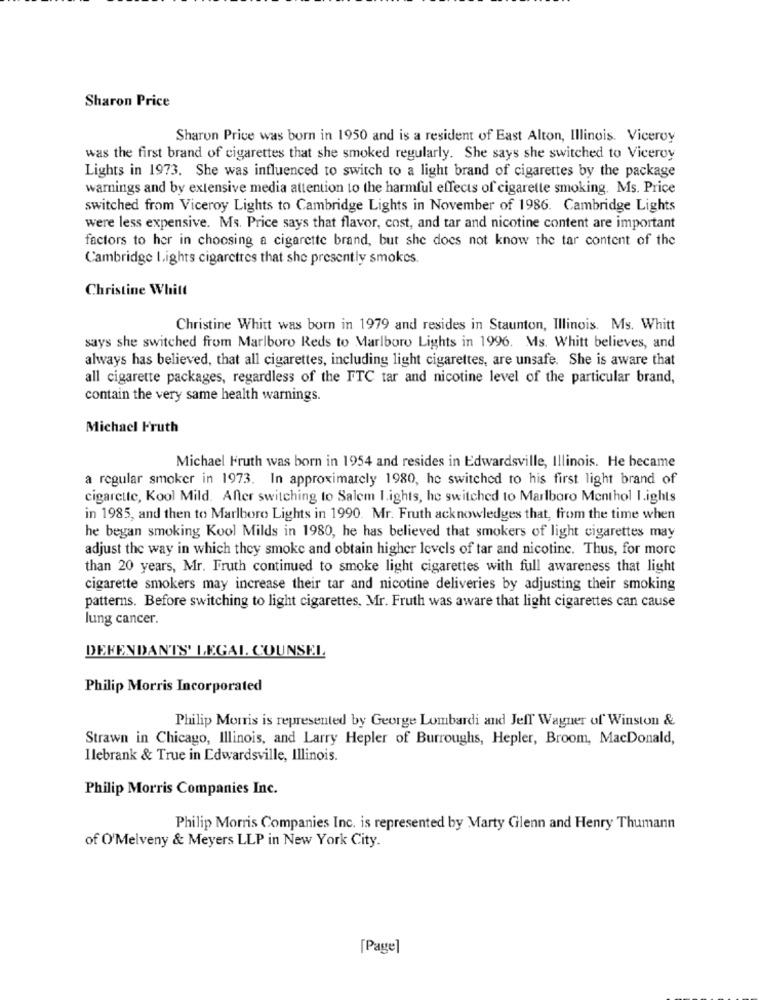
Sharon Price
Sharon Price was born in 1950 and is a resident of East Alton, Illinois. Viceroy
was the first brand of cigarettes that she smoked regularly. She says she switched to Viceroy
Lights in 1973. She was influenced to switch to a light brand of cigarettes by the package
warnings and by extensive media attention to the harmful effects of cigarette smoking. Ms. Price
switched from Viceroy Lights to Cambridge Lights in November of 1986. Cambridge Lights
were less expensive. Ms. Price says that flavor, cost, and tar and nicotine content are important
factors to her in choosing a cigarette brand, but she does not know the tar content of the
Cambridge lights cigarettes that she presently smokes.
Christine Whitt
Christine Whitt was born in 1979 and resides in Staunton, Illinois. Ms. Whitt
says she switched from Marlboro Reds to Marlboro Lights in 1996. Ms. Whitt believes, and
always has believed, that all cigarettes, including light cigarettes, are unsafe. She is aware that
all cigarette packages, regardless of the FTC tar and nicotine level of the particular brand,
contain the very same health warnings.
Michael Fruth
Michael Fruth was born in 1954 and resides in Edwardsville, Illinois. He became
a regular smoker in 1973. In approximately 1980, he switched to his first light brand of
cigarette, Kool Mild. After switching to Salem I.ights, he switched to Marlboro Menthol I.ights
in 1985, and then to Marlboro Lights in 1990. Mr. Fruth acknowledges that, from the time when
he began smoking Kool Milds in 1980, he has believed that smokers of light cigarettes may
adjust the way in which they smoke and obtain higher levels of tar and nicotine. Thus, for more
than 20 years, Mr. Fruth continued to smoke light cigarettes with full awareness that light
cigarette smokers may increase their tar and nicotine deliveries by adjusting their smoking
patterns. Before switching to light cigarettes, Mr. Fruth was aware that light cigarettes can cause
lung cancer.
DEFENDANTS' LEGAL COUNSEL
Philip Morris Incorporated
Philip Morris is represented by George Lombardi and Jeff Wagner of Winston &
Strawn in Chicago, Illinois, and Larry Hepler of Burroughs, Hepler, Broom, MacDonald,
llebrank & True in Edwardsville, Illinois.
Philip Morris Companies Inc.
Philip Morris Companies Inc. is represented by Marty Cilenn and Henry Thumann
of O'Melveny & Meyers LLP in New York City.
[Page]